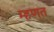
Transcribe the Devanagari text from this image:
म्‍हणत